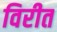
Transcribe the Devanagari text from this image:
विरीत